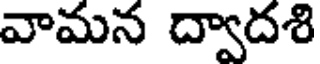
వామన ద్వాదశి